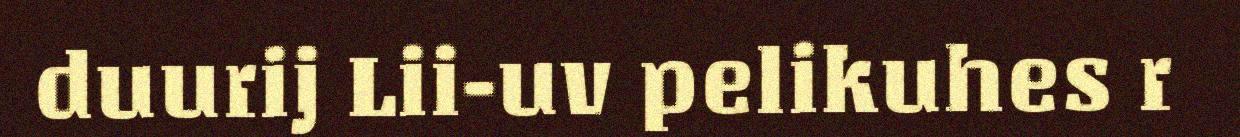
duurij Lii-uv pelikuhes r